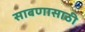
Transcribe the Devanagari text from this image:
साबणासाठी